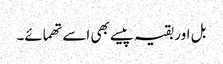
بل اور بقیہ پیسے بھی اسے تھمائے۔